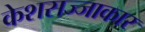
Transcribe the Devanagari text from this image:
केशसज्जाकार